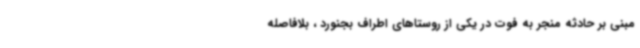
مبنی بر حادثه منجر به فوت در یکی از روستاهای اطراف بجنورد ، بلافاصله